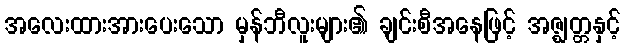
အလေးထားအားပေးသော မှန်ဘီလူးများ၏ ချင်းစီအနေဖြင့် အဇ္ဈတ္တနှင့်